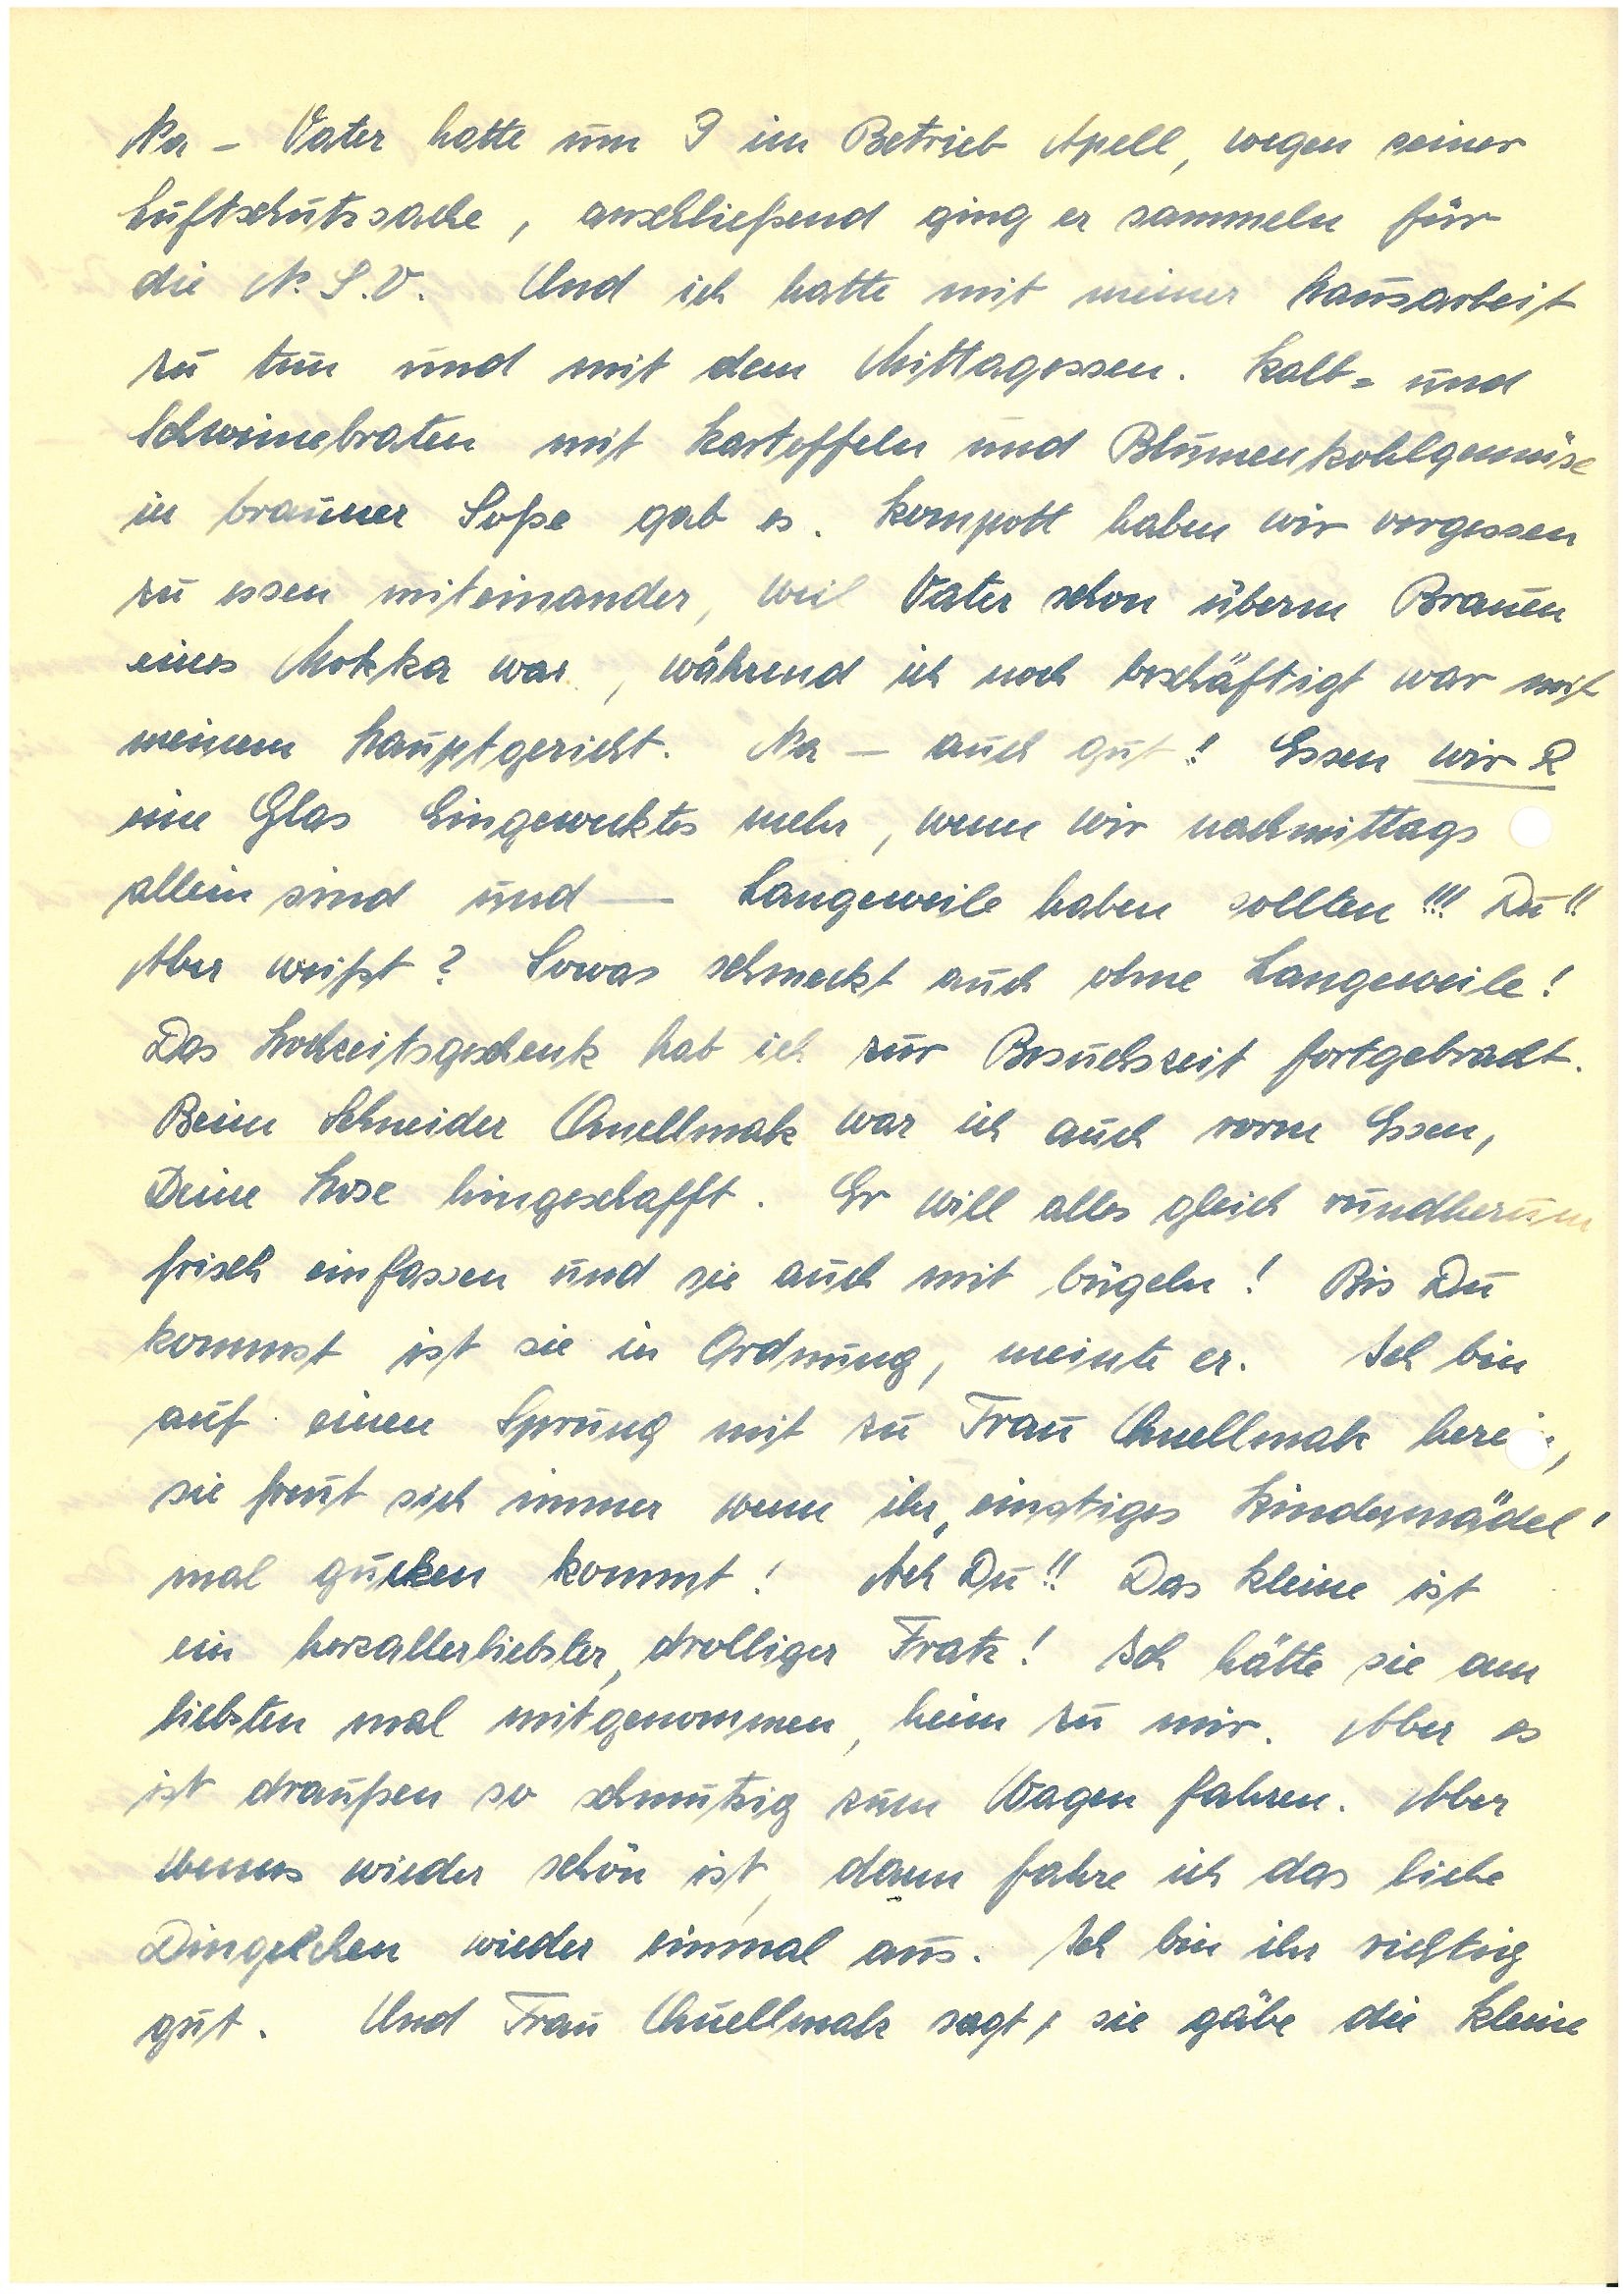
Na - Vater hatte um 9 im Betrieb Apell, wegen seiner
Luftschutzsache, anschließend ging er sammeln für
die N.S.V. Und ich hatte mit meiner Hausarbeit
zu tun und mit dem Mittagessen. Kalbs- und
Schweinebraten mit Kartoffeln und Blumenkohlgemüse
in brauner Soße gab es. Kompott haben wir vergessen
zu essen miteinander, weil Vater schon überm Brauen
eines Mokka war, während ich noch beschäftigt war mit
meinem Hauptgericht. Na – auch gut! Essen wir R
ein Glas Eingewecktes mehr, wenn wir nachmittags
allein sind und – Langeweile haben sollten!!! Du – !!
Aber weißt? sowas schmeckt auch ohne Langeweile!
Das Hochzeitsgeschenk hab ich zur Besuchszeit fortgebracht.
Beim Schneider Ch. war ich auch vorm Essen,
Deine Hose hingeschafft. Er will alles gleich rundherum
frisch einfassen und sie auch mit bügeln! Bis Du
kommst ist sie in Ordnung, meinte er. Ich bin
auf einen Sprung mit zu Frau Ch. here,
sie freut sich immer wenn ihr `einstiges Kindermädel`
mal gucken kommt! Ach Du!! Das Kleine ist
ein herzallerliebster, drolliger Fratz! Ich hätte sie am
liebsten mal mitgenommen, heim zu mir. Aber es
ist draußen so schmutzig zum Wagen fahren. Aber
wenn s wieder einmal schön ist, dann fahre ich das liebe
Dingelchen wieder einmal aus. Ich bin ihr richtig
gut. Und Frau Ch. sagt, sie gäbe die Kleine